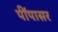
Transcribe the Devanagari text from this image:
पींपासर